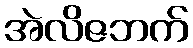
အဲလိဇဘက်